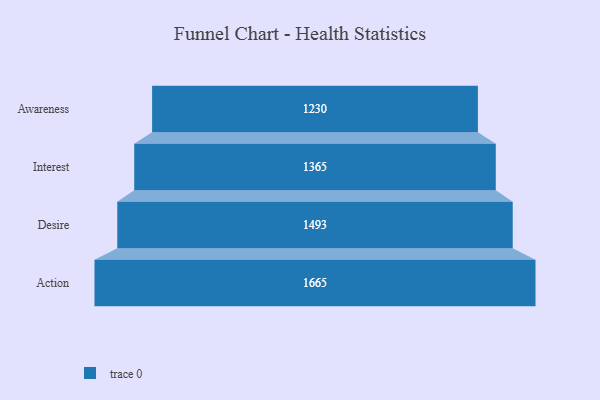
{"axis": {"x": "Stage", "y": "Value"}, "legend": [""], "data": [{"x": "Awareness", "y": 1230.0, "type": ""}, {"x": "Interest", "y": 1365.0, "type": ""}, {"x": "Desire", "y": 1493.0, "type": ""}, {"x": "Action", "y": 1665.0, "type": ""}]}